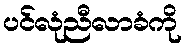
ပင်လုံညီလာခံကို